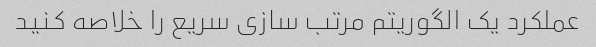
عملکرد یک الگوریتم مرتب سازی سریع را خلاصه کنید